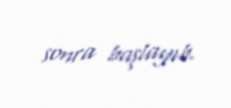
sonra başlayıb.